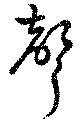
聲